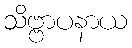
သိဗ္ဗာပနာယ